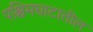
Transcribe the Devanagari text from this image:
पश्चिमघाटातील